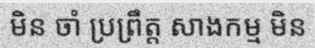
មិន ចាំ ប្រព្រឹត្ត សាងកម្ម មិន